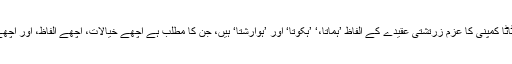
اب بھی ٹاٹا کمپنی کا عزم زرتشتی عقیدے کے الفاظ ’ہماتا،‘ ’ہکوتا‘ اور ’ہوارشتا‘ ہیں، جن کا مطلب ہے اچھے خیالات، اچھے الفاظ، اور اچھے اعمال۔